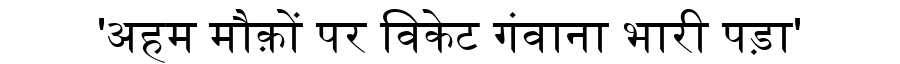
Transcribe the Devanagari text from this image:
'अहम मौक़ों पर विकेट गंवाना भारी पड़ा'